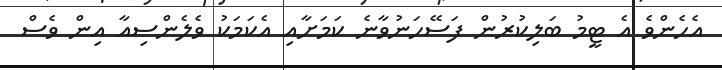
އެހެންވެ އެ ޓީމު ބަލިކުރުން ފަސޭހަނުވާނެ ކަމަށާއި އެކަމަކު ވެލެންސިއާ އިން ވެސް